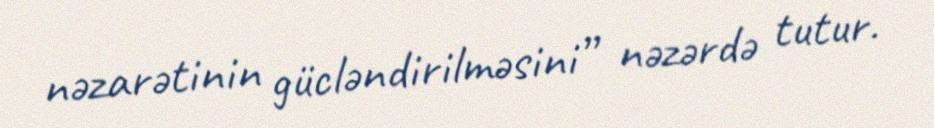
nəzarətinin gücləndirilməsini” nəzərdə tutur.